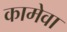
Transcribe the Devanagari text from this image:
कामेवा